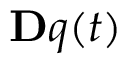
\ensuremath { \mathbf Ḋ q Ḍ } ( t )